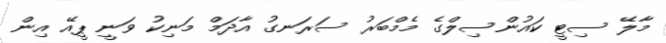
މާލޭ ސިޓީ ކައުންސިލްގެ މެމްބަރު ސަރަނގު އާދަމް މަނިކު ވަނީ ޕީއޭ އިން